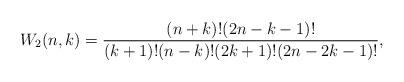
LaTeX: \begin{align*}W_{2}(n,k)=\frac{(n+k)!(2n-k-1)!}{(k+1)!(n-k)!(2k+1)!(2n-2k-1)!},\end{align*}